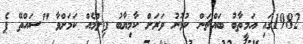
1982ގައި އަމީތާބު ބައްޗަން ކުޅުނު ވަރަށް ކާމިޔާބު ފިލްމެއް ކަމަށްވާ "ސައްތޭ ޕެ